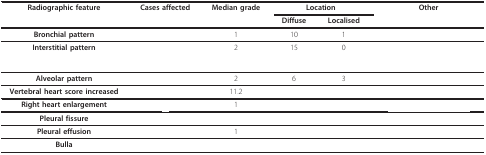
<table><thead><tr><td><b>Radiographic feature</b></td><td><b>Cases affected</b></td><td><b>Median grade</b></td><td colspan="2"><b>Location</b></td><td><b>Other</b></td></tr><tr><td>[EMPTY_CELL]</td><td>[EMPTY_CELL]</td><td>[EMPTY_CELL]</td><td><b>Diffuse</b></td><td><b>Localised</b></td><td>[EMPTY_CELL]</td></tr></thead><tbody><tr><td><b>Bronchial pattern</b></td><td>[EMPTY_CELL]</td><td>1</td><td>10</td><td>1</td><td>[EMPTY_CELL]</td></tr><tr><td><b>Interstitial pattern</b></td><td>[EMPTY_CELL]</td><td>2</td><td>15</td><td>0</td><td>[EMPTY_CELL]</td></tr><tr><td><b>Alveolar pattern</b></td><td>[EMPTY_CELL]</td><td>2</td><td>6</td><td>3</td><td>[EMPTY_CELL]</td></tr><tr><td><b>Vertebral heart score increased</b></td><td>[EMPTY_CELL]</td><td>11.2</td><td>[EMPTY_CELL]</td><td>[EMPTY_CELL]</td><td>[EMPTY_CELL]</td></tr><tr><td><b>Right heart enlargement</b></td><td>[EMPTY_CELL]</td><td>1</td><td>[EMPTY_CELL]</td><td>[EMPTY_CELL]</td><td>[EMPTY_CELL]</td></tr><tr><td><b>Pleural fissure</b></td><td>[EMPTY_CELL]</td><td>[EMPTY_CELL]</td><td>[EMPTY_CELL]</td><td>[EMPTY_CELL]</td><td>[EMPTY_CELL]</td></tr><tr><td><b>Pleural effusion</b></td><td>[EMPTY_CELL]</td><td>1</td><td>[EMPTY_CELL]</td><td>[EMPTY_CELL]</td><td>[EMPTY_CELL]</td></tr><tr><td><b>Bulla</b></td><td>[EMPTY_CELL]</td><td>[EMPTY_CELL]</td><td>[EMPTY_CELL]</td><td>[EMPTY_CELL]</td><td>[EMPTY_CELL]</td></tr></tbody></table>